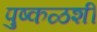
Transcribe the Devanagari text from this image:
पुष्कळशीं